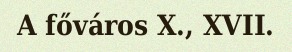
A főváros X., XVII.